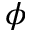
\phi